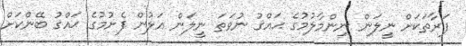
ފަރާތަކަށް ނީލަން ނިންމާލުމުގެ ޙައްޤު ނުވަތަ ނީލަން އަލުން ފެށުމުގެ ޙައްޤު ބޭންކަށް